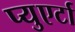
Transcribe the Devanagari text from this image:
प्युएर्टा